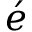
\acute { e }